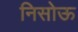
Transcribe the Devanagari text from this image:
निसोऊ